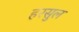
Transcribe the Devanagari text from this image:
हरसुल